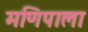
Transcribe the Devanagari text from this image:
मणिपाला